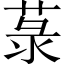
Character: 菉